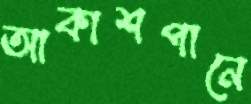
আকাশপানে